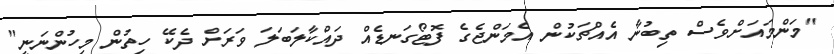
"މަންމައަށްވެސް ތިބުނާ އެއްޗަކުން އެމަންޖެގެ ފޮޓޯގަނޑެއް ދައްކާލަބަލަ ވަރަށް ދެކޭ ހިތުން މިހުންނަނީ"